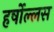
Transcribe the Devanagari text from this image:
हर्षोल्लस